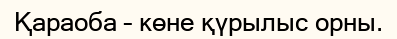
Қараоба – көне қүрылыс орны.